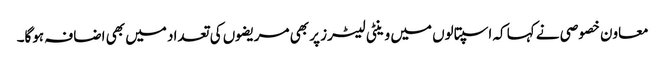
معاون خصوصی نے کہا کہ اسپتالوں میں وینٹی لیٹرز پر بھی مریضوں کی تعداد میں بھی اضافہ ہوگا۔